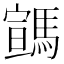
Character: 𩤡